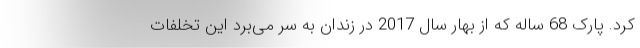
کرد. پارک 68 ساله که از بهار سال 2017 در زندان به سر می‌برد این تخلفات